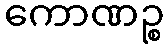
ကောဏဉ္စ